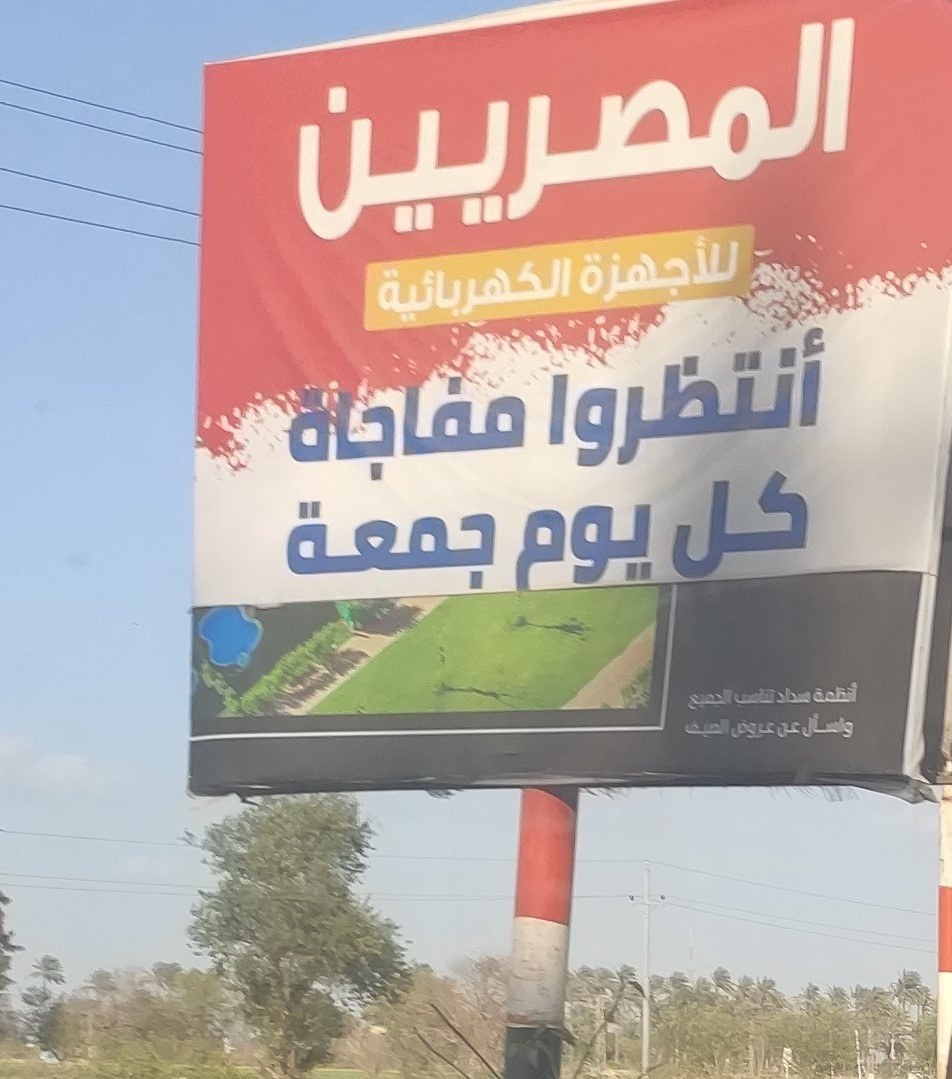
Text in image: المصريين للأجهزة الكهربائية أنتظروا مفاجاة كل يوم جمعة أنظمة سداد تناسب الجميع واسأل الصيف عن عروض